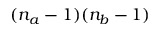
( n _ { a } - 1 ) ( n _ { b } - 1 )